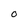
Character: 0